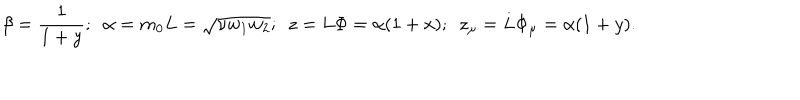
LaTeX: \beta = \frac 1 { 1 + y } ; \, \, \, \alpha = m _ { 0 } L = \sqrt { \nu w _ { 1 } w _ { 2 } } ; \, \, \, z = L \Phi = \alpha ( 1 + x ) ; \, \, \, z _ { \mu } = L \Phi _ { \mu } = \alpha ( 1 + y ) .